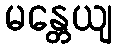
မန္တေယျ